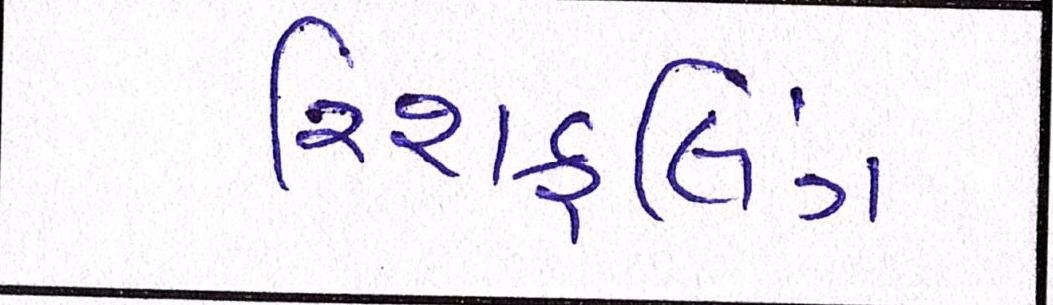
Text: રિશફલિંગ